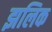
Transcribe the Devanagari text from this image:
झलिक